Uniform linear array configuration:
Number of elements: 16
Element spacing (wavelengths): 0.5
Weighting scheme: hann
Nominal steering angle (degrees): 15
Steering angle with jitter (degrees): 15.501
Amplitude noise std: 0.05
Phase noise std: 0.05

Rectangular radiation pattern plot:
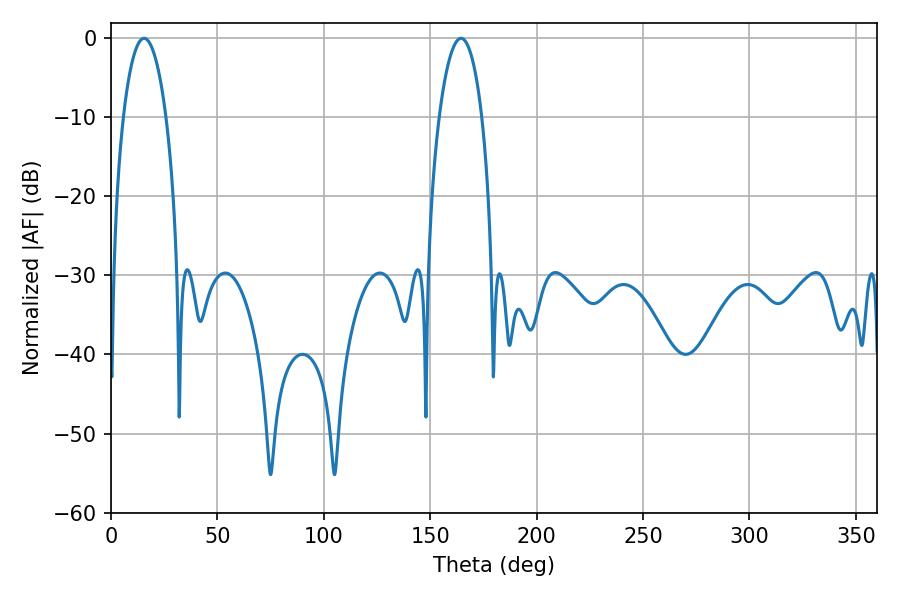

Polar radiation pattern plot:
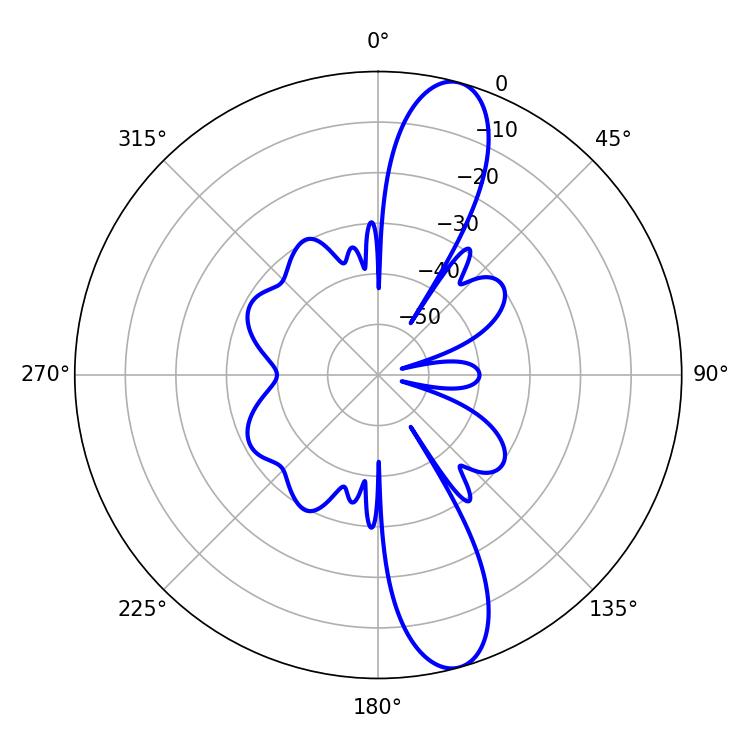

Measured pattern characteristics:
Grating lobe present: FALSE
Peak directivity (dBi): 12.52
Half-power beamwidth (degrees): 11.16
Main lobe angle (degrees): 15.48